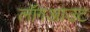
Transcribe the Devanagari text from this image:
लॉगआउट